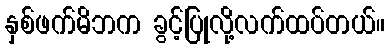
နှစ်ဖက်မိဘက ခွင့်ပြုလို့လက်ထပ်တယ်။